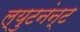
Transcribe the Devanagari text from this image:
ल्युटनंन्ट